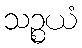
သဉ္စယံ